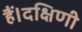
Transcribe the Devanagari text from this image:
हैं।दक्षिणी